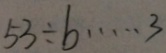
5 3 \div b \cdots 3